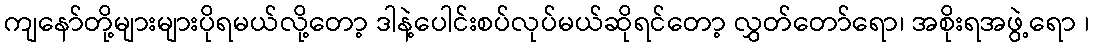
ကျနော်တို့များများပိုရမယ်လို့တော့ ဒါနဲ့ပေါင်းစပ်လုပ်မယ်ဆိုရင်တော့ လွှတ်တော်ရော၊ အစိုးရအဖွဲ့ရော ၊